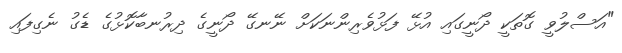
"އަސްލުވީ ގޮތަކީ ދޯނީގައި އުޅޭ ފަޅުވެރިންނަކަށް ނޭނގޭ ދޯނީގެ ދިރުނބާކޮޅުގެ ޑެގު ނެގިފައި